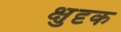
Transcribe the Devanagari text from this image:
क्षुदृक